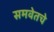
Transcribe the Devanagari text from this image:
समवेतचे